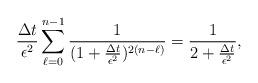
LaTeX: \begin{align*}\frac{\Delta t}{\epsilon^2}\sum_{\ell=0}^{n-1}\frac{1}{(1+\frac{\Delta t}{\epsilon^2})^{2(n-\ell)}}=\frac{1}{2+\frac{\Delta t}{\epsilon^2}},\end{align*}